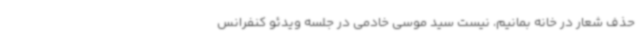
حذف شعار در خانه‌ بمانیم، نیست سید موسی خادمی در جلسه ویدئو کنفرانس